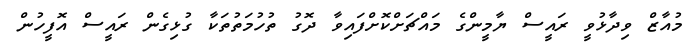
މުއާޒް ވިދާޅުވީ ރައީސް ޔާމީންގެ މައްޗަށްކޮށްފައިވާ ދޮގު ތުހުމަތުތަކާ ގުޅިގެން ރައީސް އޮފީހުން